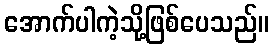
အောက်ပါကဲ့သို့ဖြစ်ပေသည်။